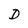
Character: D